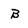
Character: B